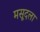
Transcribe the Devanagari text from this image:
मसूदला